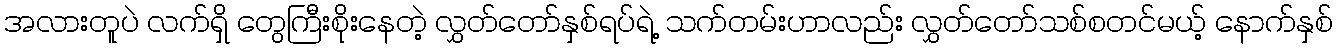
အလားတူပဲ လက်ရှိ တွေကြီးစိုးနေတဲ့ လွှတ်တော်နှစ်ရပ်ရဲ့ သက်တမ်းဟာလည်း လွှတ်တော်သစ်စတင်မယ့် နောက်နှစ်